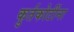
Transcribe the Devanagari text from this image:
कुर्तकोटींना